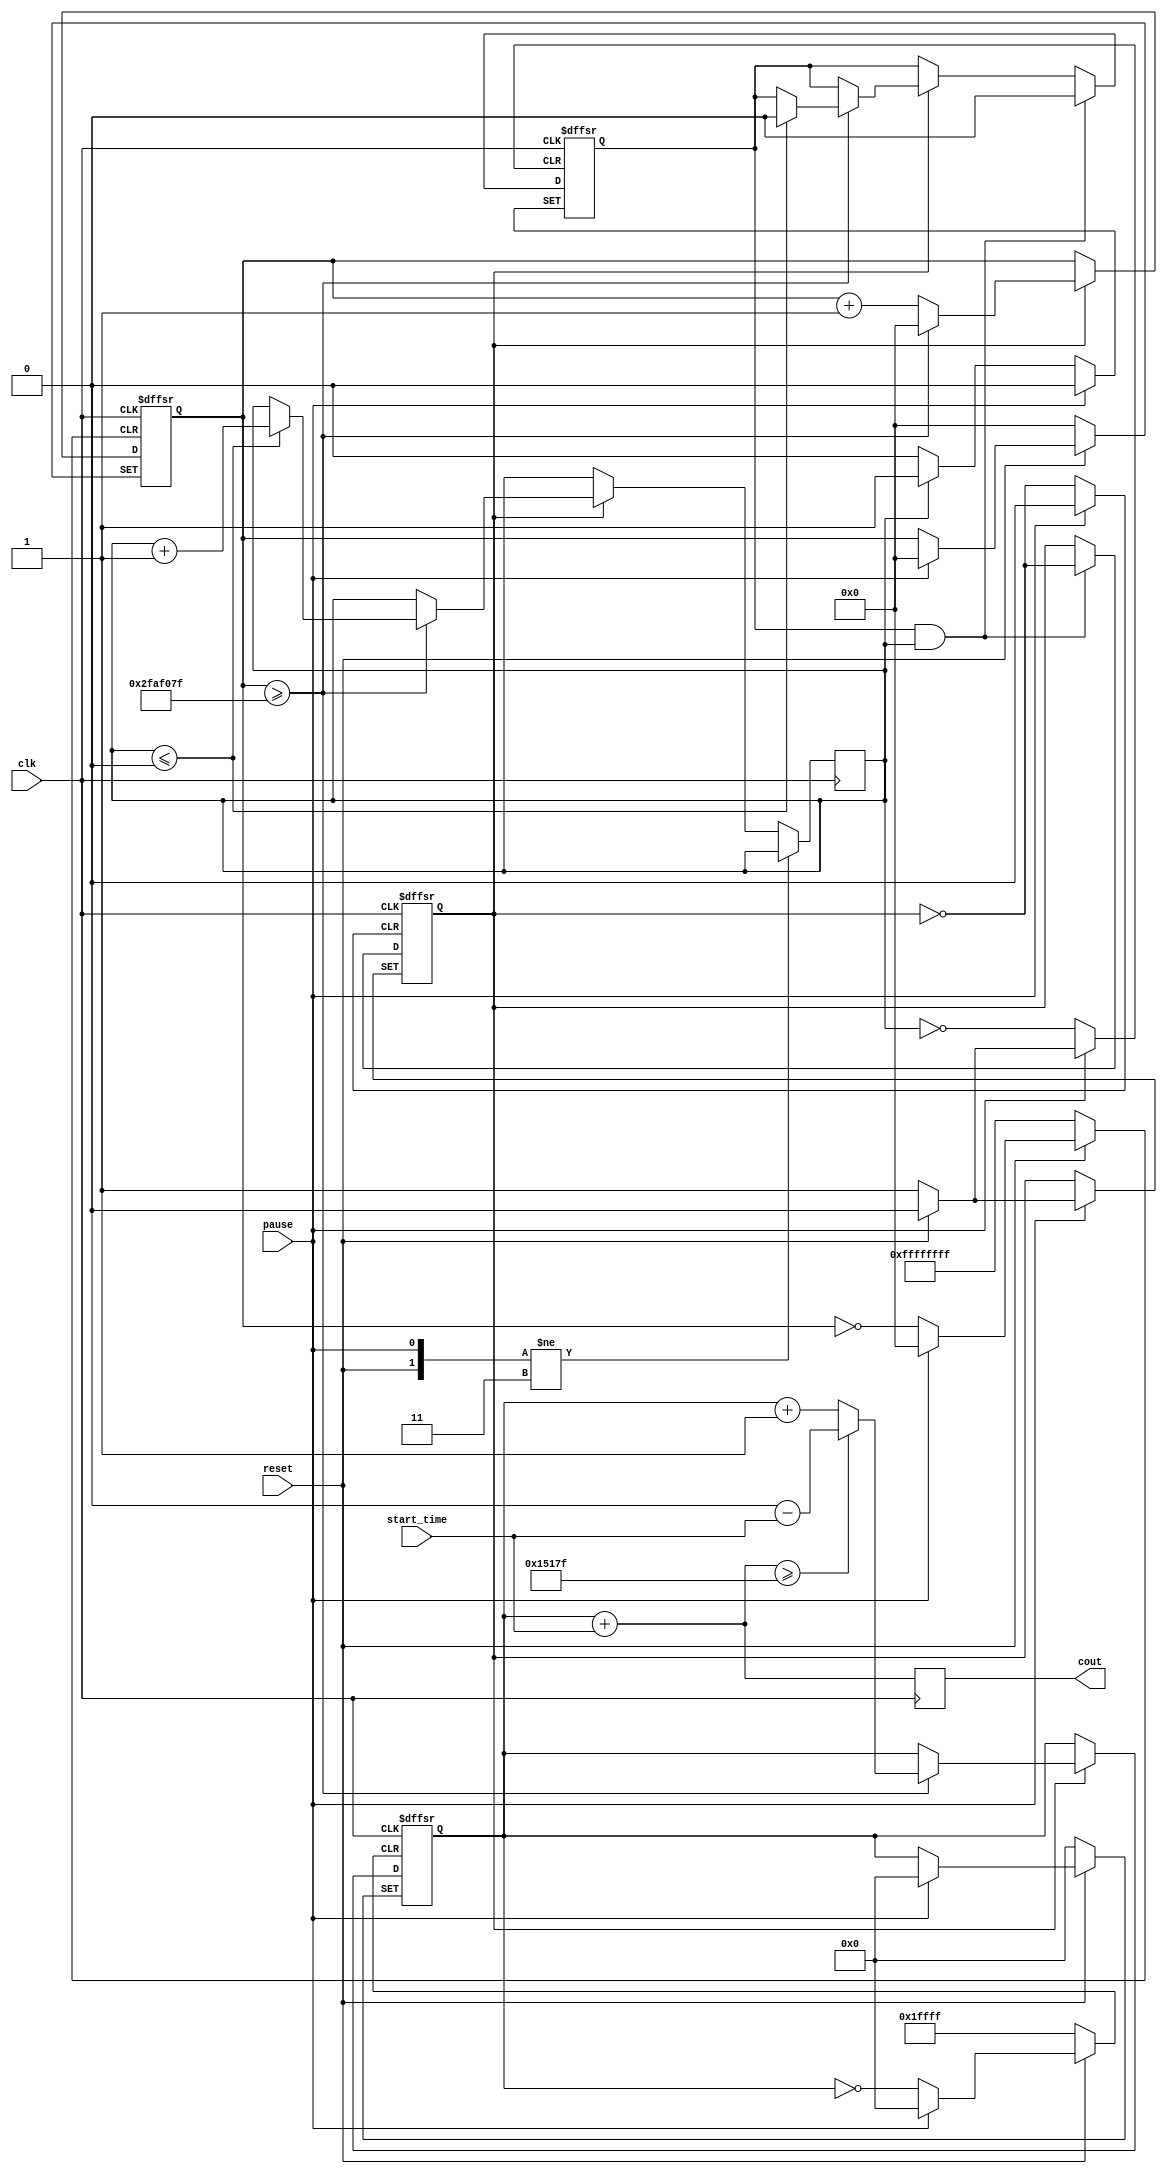
module clock (
  input clk,
  input [16:0] start_time,
  input reset,
  input pause,
  output [16:0] cout
);


reg [31:0] count = 32'd0;				
reg state = 1'd1;						
reg detect = 1'd0;						
reg regular = 2'd0;						
reg [16:0] cout_reg = 17'd0;		
reg [16:0] out_reg = 17'd0;	


parameter full_sec = 32'd50000000;	//cycles in full second of 50Mhz clock.
parameter full_day = 17'd86400;		//24 h = 86400 sec
	

//clock function
always @(negedge clk or negedge reset or negedge pause)
begin
	if (reset == 0)		
	begin	
		count <= 32'd0;
		cout_reg <= 17'd0;
		state <= 1'd1;
		detect <= 1'd0;
end	
	else 
		begin
		if (pause == 0)		
	begin
		detect <= (regular == 2'd0) ? 1'd0 : 1'd1;
	end else begin
			if ((detect == 1'd1) && (regular != 2'd0))		
		begin
			detect <= 1'd0;			
			state <= ~state;			
			if (state == 1'd1)		
		begin
			count <= count + 32'd1;
			if (count >= full_sec - 32'd1)	
		begin
			count <= 32'd0;
			cout_reg <= ((cout_reg + start_time) >= 17'd86399) ? (17'd0 - start_time) : cout_reg + 17'd1;
			if (regular <= 2'd0)
		begin
			regular <= regular + 2'd1;
			detect <= 1'd0;
				end
			end
		end				
	end else	begin
			if (state == 1'd1)	
		begin
			count <= count + 32'd1;
				if (count >= full_sec - 32'd1) //increment by 1 sec
		begin
			count <= 32'd0;
				cout_reg <= ((cout_reg + start_time) >= 17'd86399) ? (17'd0 - start_time) : cout_reg + 17'd1;
						
				if (regular <= 2'd0)
		begin
			regular <= regular + 2'd1;
				detect <= 1'd0;
		end
		end
		end
	end
   end
end
	end	


always @(negedge clk)
begin
out_reg <= cout_reg + start_time;
end

assign cout = out_reg;

endmodule